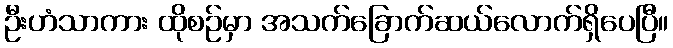
ဦးဟံသာကား ထိုစဉ်မှာ အသက်ခြောက်ဆယ်လောက်ရှိပေပြီ။